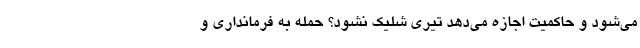
می‌شود و حاکمیت اجازه می‌دهد تیری شلیک نشود؟ حمله به فرمانداری و